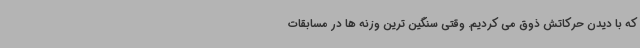
که با دیدن حرکاتش ذوق می کردیم. وقتی سنگین ترین وزنه ها در مسابقات